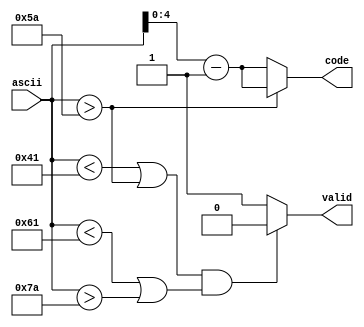
module encodeASCII(ascii, code, valid);
	input [7:0] ascii; 
	output [4:0] code;
	output valid;

	assign valid = ((ascii < 8'h41 || ascii > 8'h5A) && (ascii < 8'h61 || ascii > 8'h7A)) ? 0 : 1;
	assign code = (ascii > 8'h5A) ? ascii - 8'h61 : ascii - 8'h41;	
endmodule